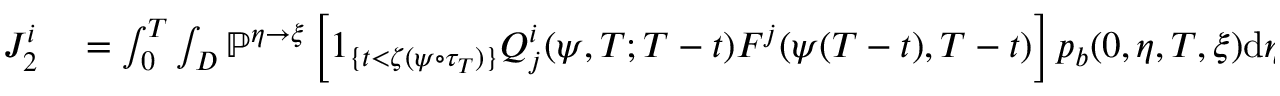
\begin{array} { r l } { J _ { 2 } ^ { i } } & { { } = \int _ { 0 } ^ { T } \int _ { D } \mathbb { P } ^ { \eta \rightarrow \xi } \left[ 1 _ { \{ t < \zeta ( \psi \circ \tau _ { T } ) \} } Q _ { j } ^ { i } ( \psi , T ; T - t ) F ^ { j } ( \psi ( T - t ) , T - t ) \right] p _ { b } ( 0 , \eta , T , \xi ) \mathrm { d } \eta \mathrm { d } t } \end{array}